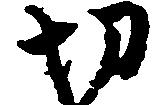
切